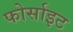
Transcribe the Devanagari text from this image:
फोर्साइट